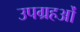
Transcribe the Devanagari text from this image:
उपग्रहओं